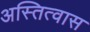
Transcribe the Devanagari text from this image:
अस्तित्वास